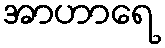
အာဟာရေ